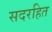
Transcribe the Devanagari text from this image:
सदरहित